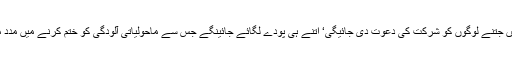
شادی میں جتنے لوگوں کو شرکت کی دعوت دی جائیگی‘ اتنے ہی پودے لگائے جائینگے جس سے ماحولیاتی آلودگی کو ختم کرنے میں مدد ملے گی۔